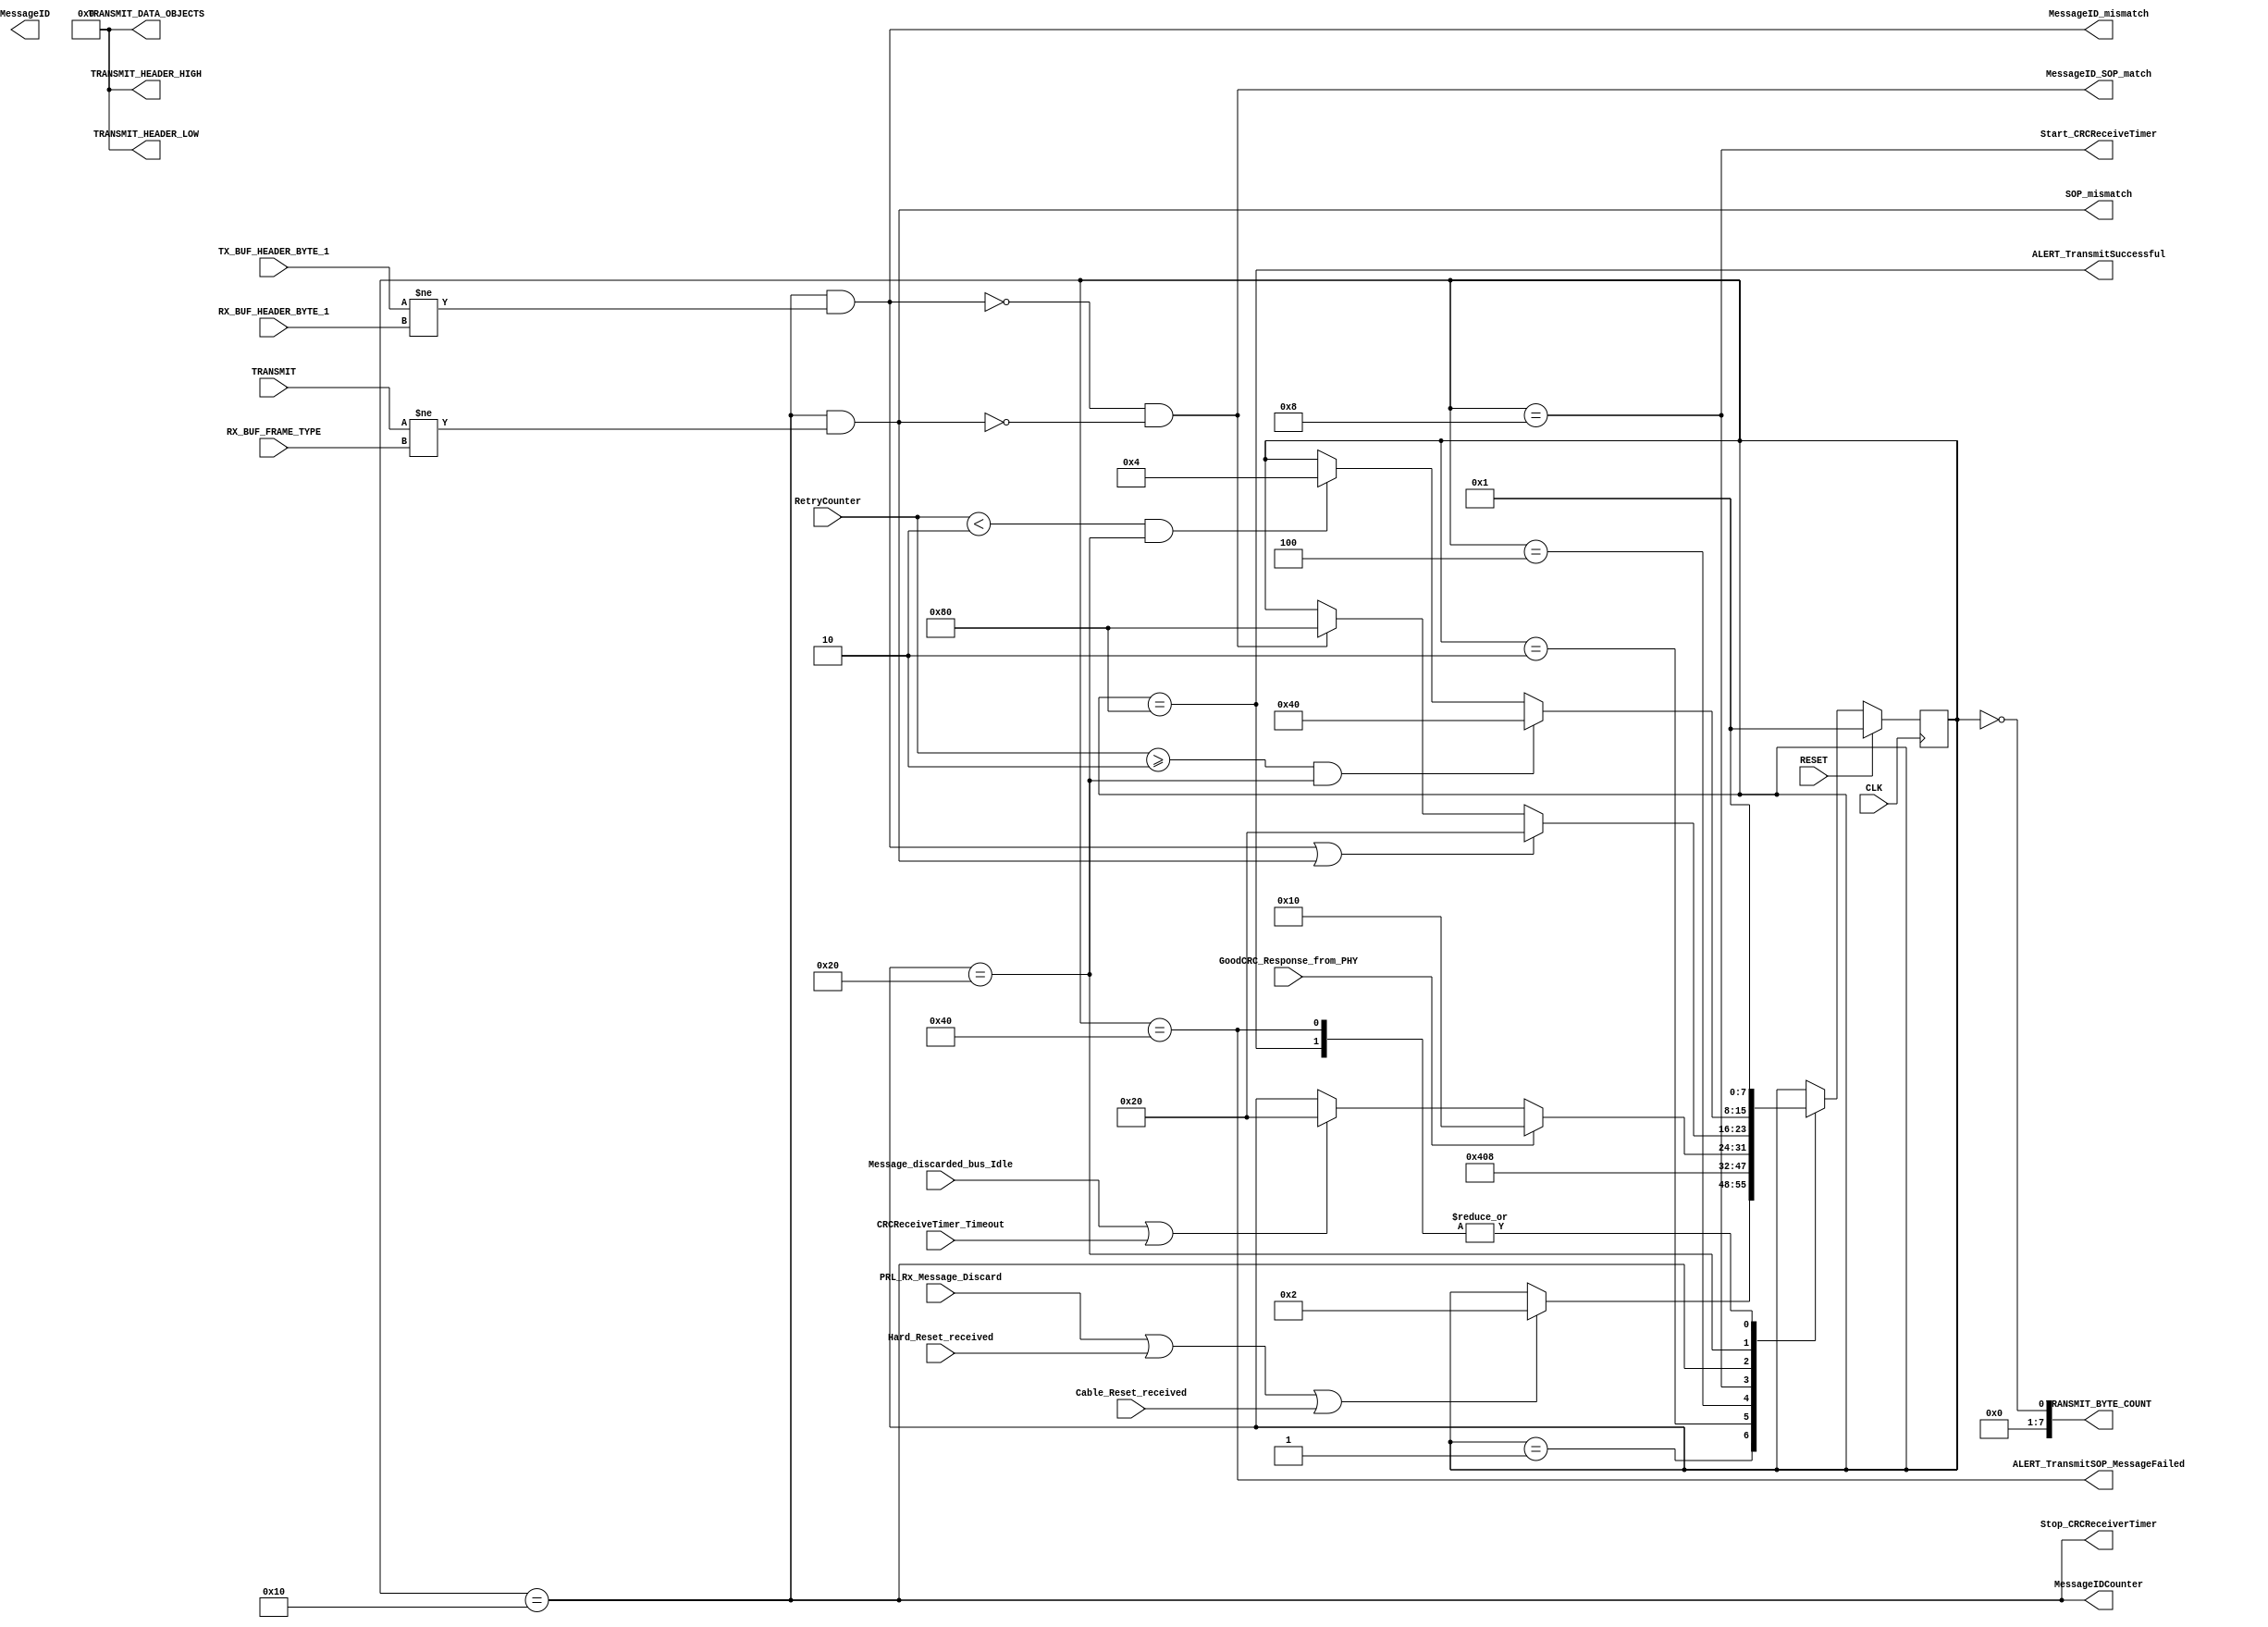
module tx(output wire ALERT_TransmitSOP_MessageFailed,
    output wire ALERT_TransmitSuccessful,
    output wire MessageID_mismatch,
    output wire SOP_mismatch,
    output wire MessageID_SOP_match,
    output wire [7:0] TRANSMIT_BYTE_COUNT,
    output wire [7:0] TRANSMIT_HEADER_LOW,
    output wire [7:0] TRANSMIT_HEADER_HIGH,
    output wire [7:0] TRANSMIT_DATA_OBJECTS,
    output wire Start_CRCReceiveTimer,
    output wire Stop_CRCReceiverTimer,
    output wire MessageIDCounter,
    output wire MessageID,
    input wire [2:0] TRANSMIT,
    input wire PRL_Rx_Message_Discard,
    input wire Hard_Reset_received,
    input wire Cable_Reset_received,
    input wire RetryCounter,
    input wire CRCReceiveTimer_Timeout,
    input wire GoodCRC_Response_from_PHY,
    input wire Message_discarded_bus_Idle,
    input wire [7:0] TX_BUF_HEADER_BYTE_1,
    input wire [7:0] RX_BUF_HEADER_BYTE_1,
    input wire [7:0] RX_BUF_FRAME_TYPE,
    input wire CLK,
    input wire RESET);
    
    wire RetryCounter_bigger;
    wire RetryCounter_smaller;

    reg [7:0] CurrentState;
    reg [7:0] NextState;
    reg [8:0] CRCReceive_timer;

    localparam Wait_for_Transmit_Request = 8'b00000001;
    localparam Reset_RetryCounter        = 8'b00000010;
    localparam Construct_Message         = 8'b00000100;
    localparam Wait_for_PHY_response     = 8'b00001000;
    localparam Match_MessageID           = 8'b00010000;
    localparam Check_RetryCounter        = 8'b00100000;
    localparam Report_Failure            = 8'b01000000;
    localparam Report_Success            = 8'b10000000;
    localparam nRetryCounter            = 2'b10; //definir el valor maximo
    
// Logica prox estado
    always@( * )
    begin
        NextState = CurrentState;
    case(CurrentState)
        Wait_for_Transmit_Request:
        begin
        if(PRL_Rx_Message_Discard || Hard_Reset_received || Cable_Reset_received) begin NextState = Reset_RetryCounter; end
        end
        Reset_RetryCounter:
        begin
        NextState = Construct_Message;
        end
        Construct_Message:
        begin
        NextState = Wait_for_PHY_response;
        end
        Wait_for_PHY_response:
        begin
        if     (GoodCRC_Response_from_PHY)  NextState = Match_MessageID;
        else if(Message_discarded_bus_Idle || CRCReceiveTimer_Timeout) NextState= Check_RetryCounter;
        end
        Match_MessageID:
        begin
        if(MessageID_mismatch || SOP_mismatch) NextState = Check_RetryCounter;
        else if(MessageID_SOP_match) NextState = Report_Success;
        end
        Check_RetryCounter:
        begin
        if(RetryCounter_bigger) NextState = Report_Failure;
        else if(RetryCounter_smaller) NextState = Construct_Message;
        end 
        Report_Success:
        begin
        NextState = Wait_for_Transmit_Request;
        end
        Report_Failure:
        begin
        NextState = Wait_for_Transmit_Request;
        end
    endcase
     //   if (CurrentState==Reset_RetryCounter) RetryCounter=0;
    //else if (CurrentState==Check_RetryCounter) RetryCounter = RetryCounter+1;
    end
// Logica de salidas


    assign TRANSMIT_BYTE_COUNT = CurrentState==0;
    assign TRANSMIT_HEADER_LOW=0;
    assign TRANSMIT_HEADER_HIGH=0;
    assign TRANSMIT_DATA_OBJECTS=0;

    assign Start_CRCReceiveTimer = CurrentState==Wait_for_PHY_response;
    assign Stop_CRCReceiverTimer = CurrentState== Match_MessageID;

    assign MessageIDCounter = CurrentState==Match_MessageID;

    assign MessageID_mismatch = (CurrentState==Match_MessageID) && (TX_BUF_HEADER_BYTE_1 != RX_BUF_HEADER_BYTE_1);
    assign SOP_mismatch = (CurrentState==Match_MessageID) && (TRANSMIT[2:0] != RX_BUF_FRAME_TYPE);
    assign MessageID_SOP_match = !MessageID_mismatch && !SOP_mismatch;

    assign RetryCounter_bigger = RetryCounter>=nRetryCounter && CurrentState==Check_RetryCounter;
    assign RetryCounter_smaller = RetryCounter<nRetryCounter && CurrentState==Check_RetryCounter;

    assign ALERT_TransmitSOP_MessageFailed= CurrentState==Report_Failure;
    
    assign ALERT_TransmitSuccessful= CurrentState==Report_Success;    


// Cambio de estado    
    always@(posedge CLK)
    begin
        if(RESET) CurrentState  <= Wait_for_Transmit_Request;
        else      CurrentState  <= NextState;
    end
endmodule